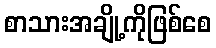
စာသားအချို့ကိုဖြစ်စေ